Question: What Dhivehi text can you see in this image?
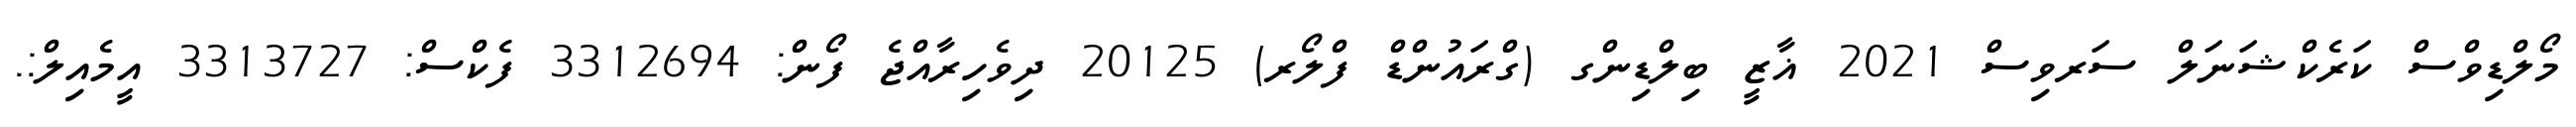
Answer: މޯލްޑިވްސް ކަރެކްޝަނަލް ސަރވިސް 2021 ޣާޒީ ބިލްޑިންގ (ގްރައުންޑް ފްލޯރ) 20125 ދިވެހިރާއްޖެ ފޯން: 3312694 ފެކްސް: 3313727 އީމެއިލް:.